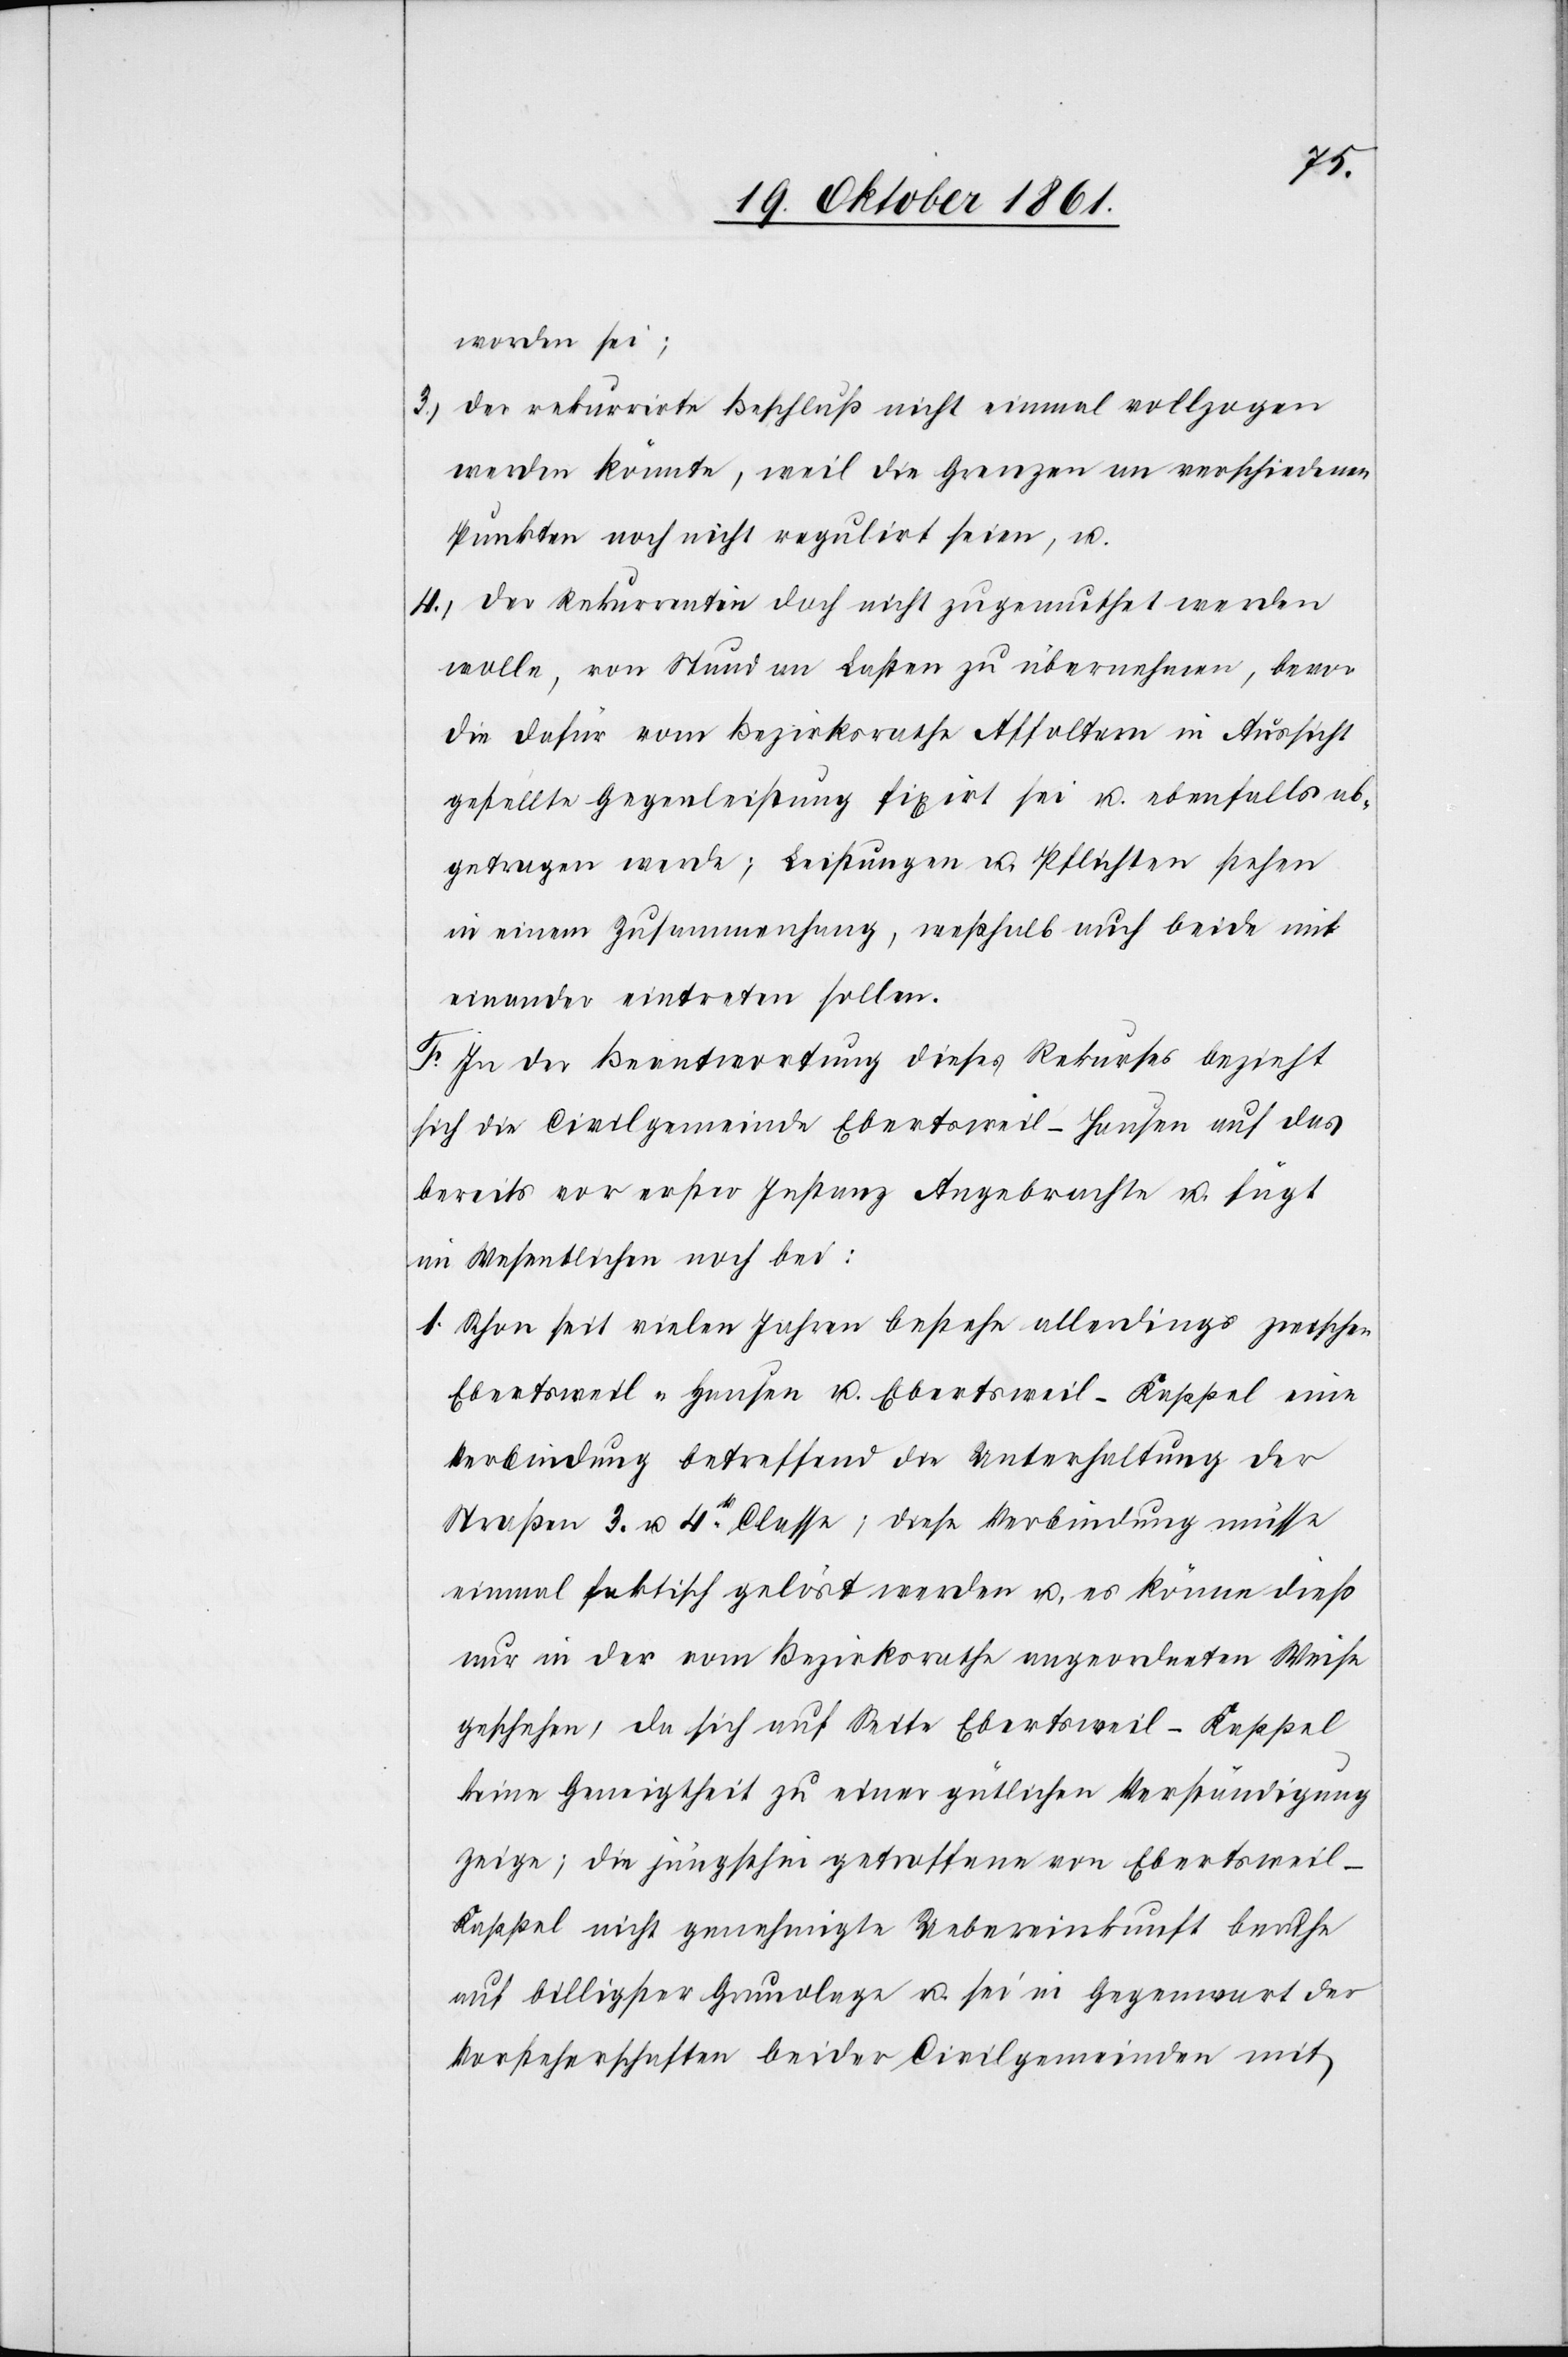
worden sei;
3.) der rekurrirte Beschluß nicht einmal vollzogen
werden könnte, weil die Grenzen an verschiedenen
Punkten noch nicht regulirt seien, u.
4.) der Rekurrentin doch nicht zugemuthet werden
wolle, von Stund an Lasten zu übernehmen, bevor
die dafür vom Bezirksrathe Affoltern in Aussicht
gestellte Gegenleistung fixirt sei u. ebenfalls ab¬
getragen werde; Leistungen u. Pflichten stehen
in einem Zusammenhang, weßhalb auch beide mit
einander eintreten sollen.
F.
In der Beantwortung dieses Rekurses bezieht
sich die Civilgemeinde Ebertsweil-Hausen auf das
bereits vor erster Instanz Angebrachte u. fügt
im Wesentlichen noch bei:
1. Schon seit vielen Jahren bestehe allerdings zwischen
Ebertsweil-Hausen u. Ebertsweil-Kappel eine
Verbindung betreffend die Unterhaltung der
Straßen 3. u. 4tr Classe; diese Verbindung müsse
einmal faktisch gelöst werden u. es könne dieß
nur in der vom Bezirksrathe angeordneten Weise
geschehen, da sich auf Seite Ebertsweil-Kappel
keine Geneigtheit zu einer gütlichen Verständigung
zeige; die jüngsthin getroffene von Ebertsweil-K¬
appel nicht genehmigte Uebereinkunft beruhe
auf billigster Grundlage u. sei in Gegenwart der
Vorsteherschaften beider Civilgemeinden mit